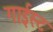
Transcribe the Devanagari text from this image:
गाईस्ट